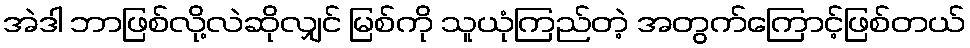
အဲဒါ ဘာဖြစ်လို့လဲဆိုလျှင် မြစ်ကို သူယုံကြည်တဲ့ အတွက်ကြောင့်ဖြစ်တယ်